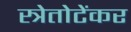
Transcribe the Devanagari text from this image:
स्त्रेतोटेंकर